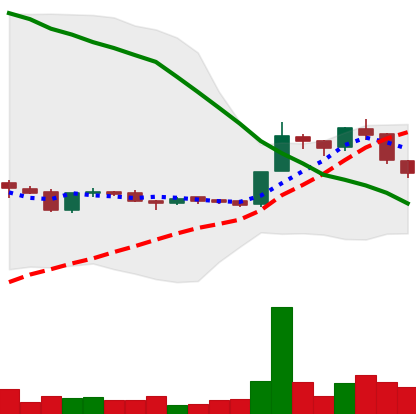
Ticker: LTC-USD
Chart end date: 2015-12-02
Forward return: 9.0625%
Label: up_7plus